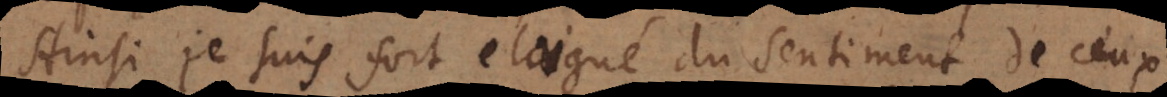
Ainsi je suis fort eloigné du sentiment de ceux